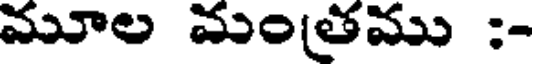
మూల మంతము :-